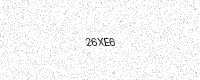
Text: 26XE6